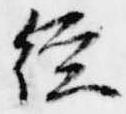
経